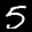
Label: 5